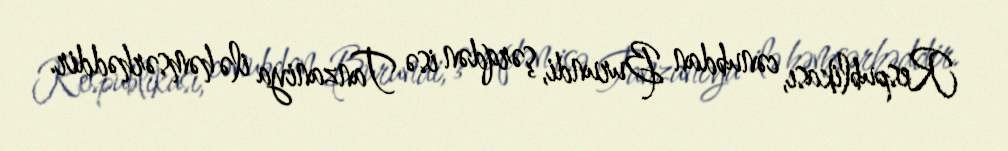
Respublikası, cənubdan Burundi, şərqdən isə Tanzaniya ilə həmsərhəddir.